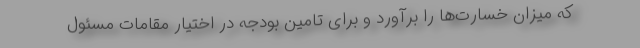
که میزان خسارت‌ها را برآورد و برای تامین بودجه در اختیار مقامات مسئول